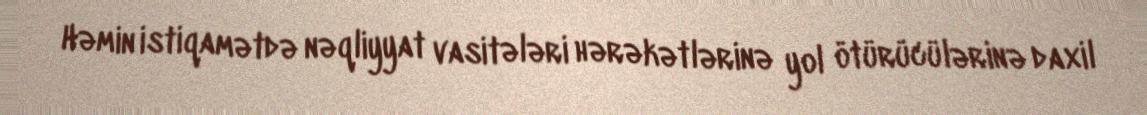
Həmin istiqamətdə nəqliyyat vasitələri hərəkətlərinə yol ötürücülərinə daxil